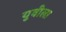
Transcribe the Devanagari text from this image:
युवीला